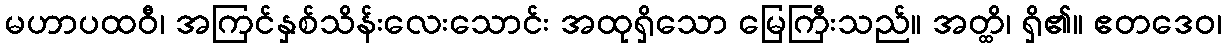
မဟာပထဝီ၊ အကြင်နှစ်သိန်းလေးသောင်း အထုရှိသော မြေကြီးသည်။ အတ္ထိ၊ ရှိ၏။ ဧတဒေဝ၊